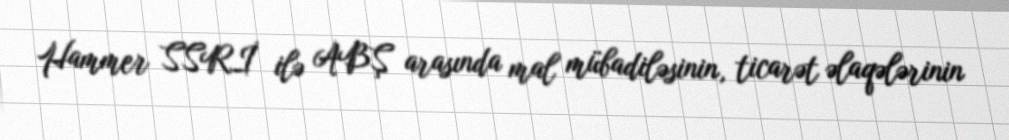
Hammer SSRİ ilə ABŞ arasında mal mübadiləsinin, ticarət əlaqələrinin